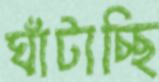
ঘাঁটাচ্ছি